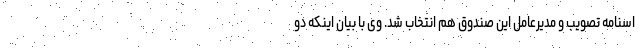
اسنامه تصویب و مدیرعامل این صندوق هم انتخاب شد. وی با بیان اینکه دو